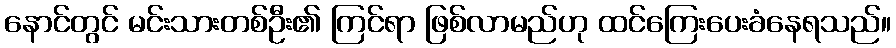
နောင်တွင် မင်းသားတစ်ဦး၏ ကြင်ရာ ဖြစ်လာမည်ဟု ထင်ကြေးပေးခံနေရသည်။